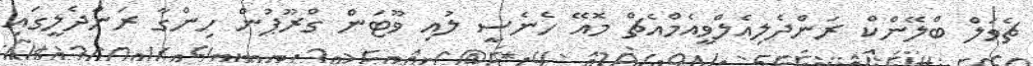
ޗެވަލް ބްލޭންކް ރަންދެލިއެލްވީއެމްއެޗް މޮއޭ ހެނެސީ ލުއި ވޫޓަން ގްރޫޕުން ހިންގާ ރަންދެލީގައި